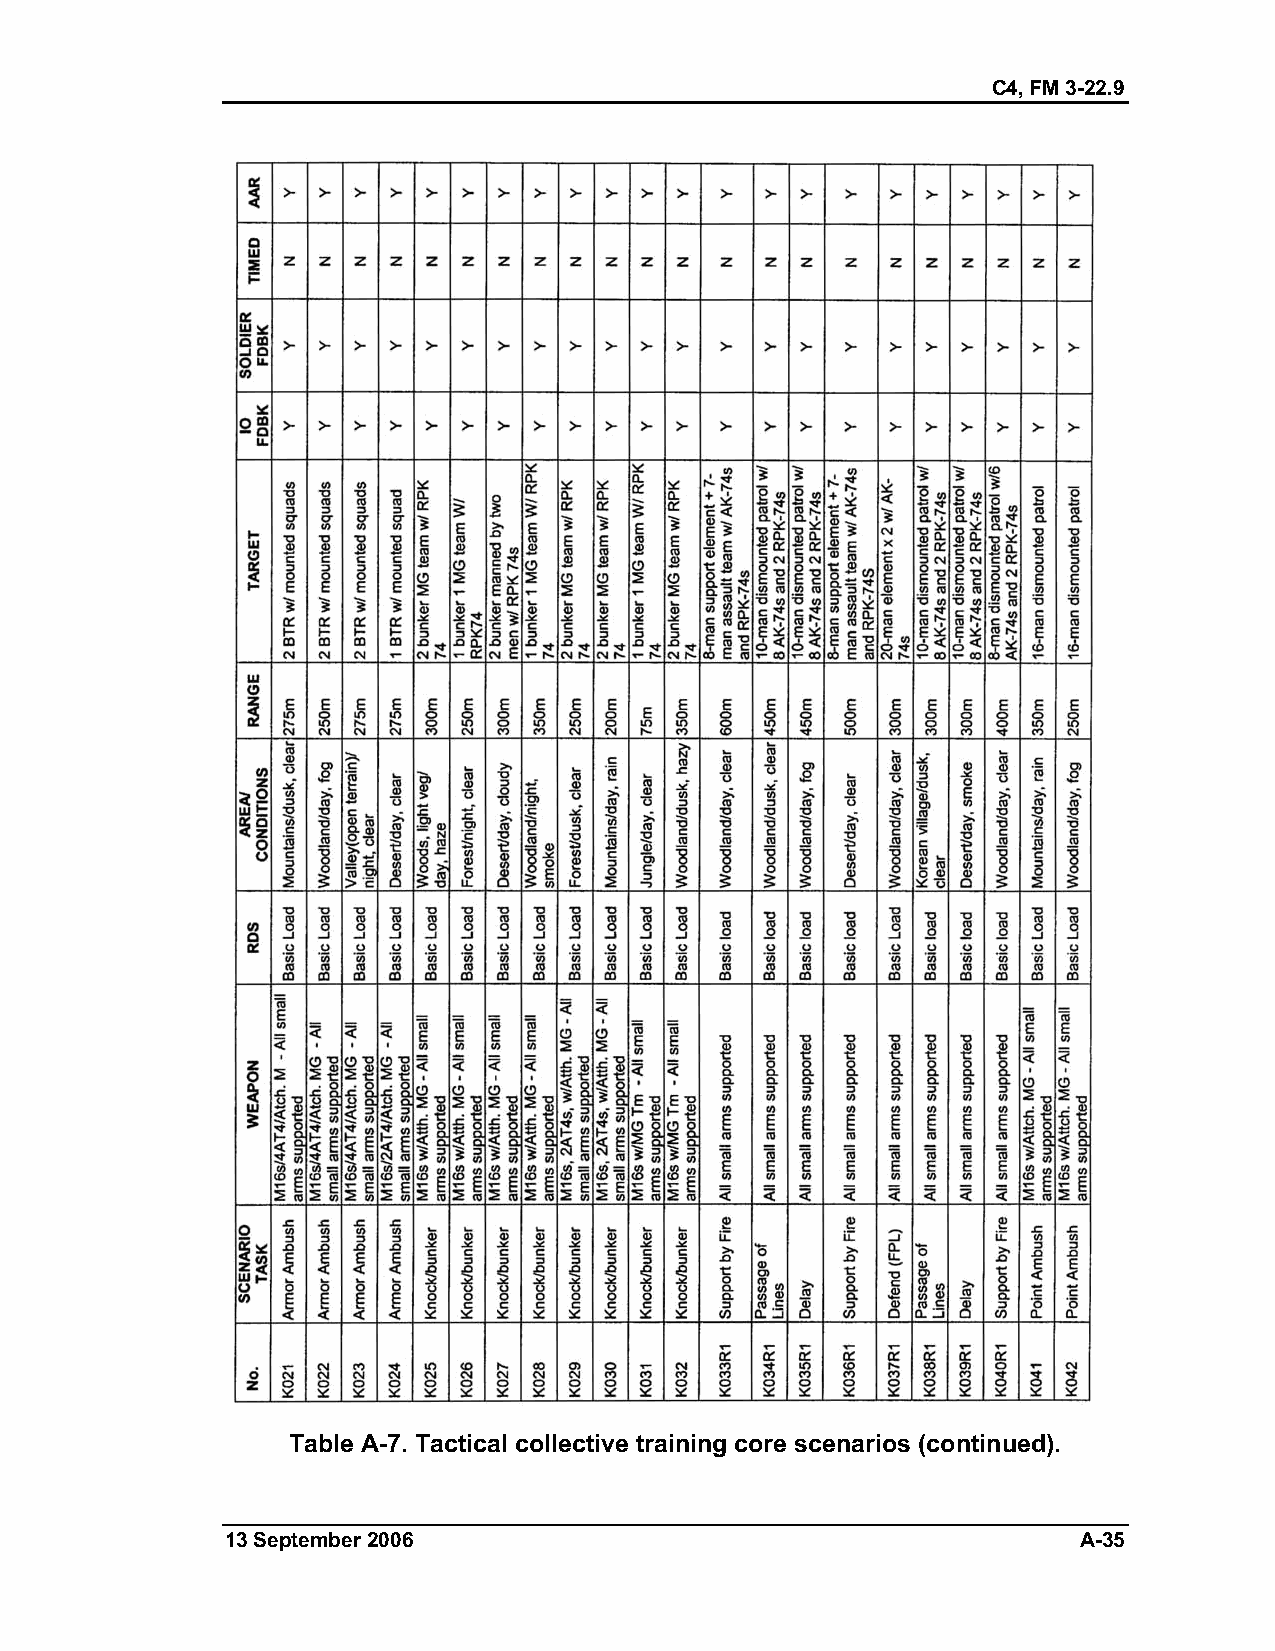
C4, FM 3-22.9
 Table A-7. Tactical collective training core scenarios (continued).
 13 September 2006                                       A-35